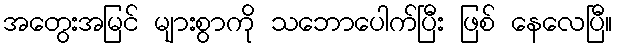
အတွေးအမြင် များစွာကို သဘောပေါက်ပြီး ဖြစ် နေလေပြီ။